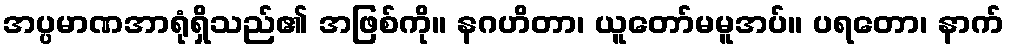
အပ္ပမာဏအာရုံရှိသည်၏ အဖြစ်ကို။ နဂဟိတာ၊ ယူတော်မမူအပ်။ ပရတော၊ နာက်